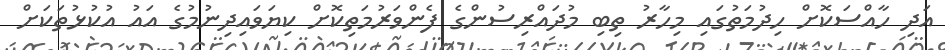
އަދި ހާއްސަކޮށް ހިދުމަތުގައި މިހާރު ތިބި މުދައްރިސުންގެ ފެންވަރުމަތިކޮށް ކިޔަވައިދިނުމުގެ އައު އުކުޅުތަކަށް